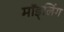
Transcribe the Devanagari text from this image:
मॉड्लिंग